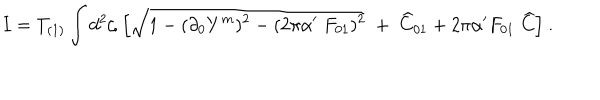
I = T _ { ( 1 ) } \int d ^ { 2 } \zeta \; \Bigl [ \sqrt { 1 - ( \partial _ { 0 } Y ^ { m } ) ^ { 2 } - ( 2 \pi \alpha ^ { \prime } \; F _ { 0 1 } ) ^ { 2 } } \; + \; { \widehat C } _ { 0 1 } + 2 \pi \alpha ^ { \prime } F _ { 0 1 } \; { \widehat C } \Bigr ] \ .